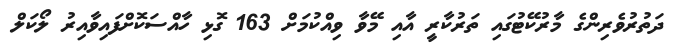
ދަތުރުވެރިންގެ މާރުކޭޓުގައި ތަރުކާރީ އާއި މޭވާ ވިއްކުމަށް 163 ގޮޅި ހާއްސަކޮށްފައިވާއިރު ލޯކަލް